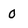
Character: 0